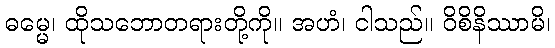
ဓမ္မေ၊ ထိုသဘောတရားတို့ကို။ အဟံ၊ ငါသည်။ ဝိစိနိဿာမိ၊